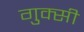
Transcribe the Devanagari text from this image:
गुक्सी